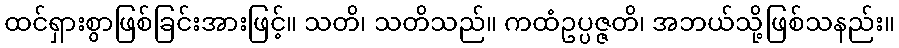
ထင်ရှားစွာဖြစ်ခြင်းအားဖြင့်။ သတိ၊ သတိသည်။ ကထံဥပ္ပဇ္ဇတိ၊ အဘယ်သို့ဖြစ်သနည်း။